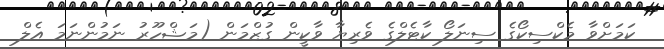
ކަމަށްވާ މެކްސިކޯގެ ސިނަލޯ ކާޓެލްގެ ވެރިޔާ ވާކީން ގުޒްމަން (މަޝްހޫރު ނަމުންނަމަ އެލް